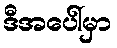
ဒီအပေါ်မှာ